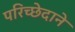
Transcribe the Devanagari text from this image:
परिच्छेदाने